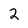
Character: 2